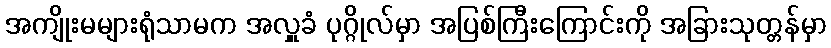
အကျိုးမများရုံသာမက အလှူခံ ပုဂ္ဂိုလ်မှာ အပြစ်ကြီးကြောင်းကို အခြားသုတ္တန်မှာ